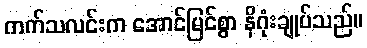
ကက်သလင်းက အောင်မြင်စွာ နိဂုံးချုပ်သည်။